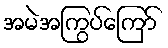
အမဲအကြွပ်ကြော်